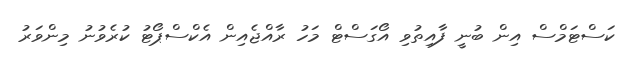
ކަސްޓަމްސް އިން ބުނީ ފާއިތުވި އޯގަސްޓް މަހު ރާއްޖެއިން އެކްސްޕޯޓު ކުރެވުނު މިންވަރު